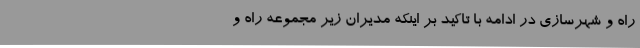
راه و شهرسازی در ادامه با تاکید بر اینکه مدیران زیر مجموعه راه و